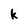
Character: k